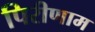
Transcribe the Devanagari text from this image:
पिरीणाम